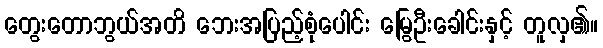
တွေးတောဘွယ်အတိ ဘေးအပြည့်စုံပေါင်း မြွေဦးခေါင်းနှင့် တူလှ၏။